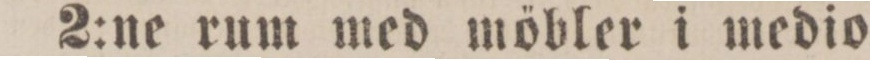
2:ne rum med möbler i medio